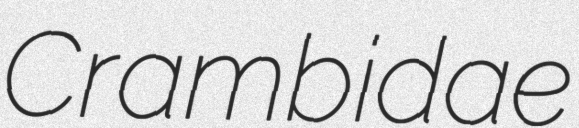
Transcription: Crambidae